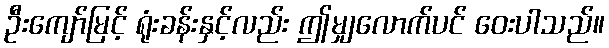
ဦးကျော်မြင့် ရုံးခန်းနှင့်လည်း ဤမျှလောက်ပင် ဝေးပါသည်။